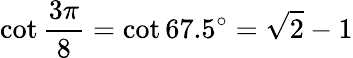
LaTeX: \cot{\frac{3\pi}{8}}=\cot 67.5^{\circ}={\sqrt{2}}-1